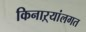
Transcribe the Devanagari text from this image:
किनाऱ्यांलगत